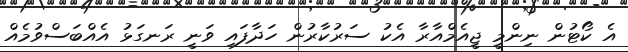
އެ ކޯޓުން ނިންމީ ޖީއެމްއާރާ އެކު ސަރުކާރުން ހަދާފައި ވަނީ ރަނގަޅު އެއްބަސްވުމެއް